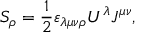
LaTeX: S _ { \rho } = { \frac { 1 } { 2 } } \varepsilon _ { \lambda \mu \nu \rho } U ^ { \lambda } J ^ { \mu \nu } ,